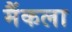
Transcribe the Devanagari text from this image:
मैंकला